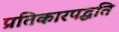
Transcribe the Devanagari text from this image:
प्रतिकारपद्धति